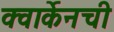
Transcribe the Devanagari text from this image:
क्वार्केनची